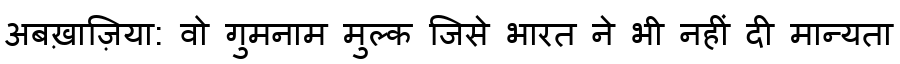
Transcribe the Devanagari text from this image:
अबख़ाज़िया: वो गुमनाम मुल्क जिसे भारत ने भी नहीं दी मान्यता